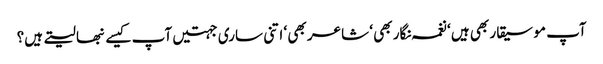
آپ موسیقار بھی ہیں ‘ نغمہ نگار بھی ‘ شاعر بھی ‘ اتنی ساری جہتیں آپ کیسے نبھا لیتے ہیں؟